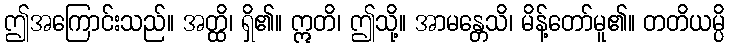
ဤအကြောင်းသည်။ အတ္ထိ၊ ရှိ၏။ ဣတိ၊ ဤသို့။ အာမန္တေသိ၊ မိန့်တော်မူ၏။ တတိယမ္ပိ